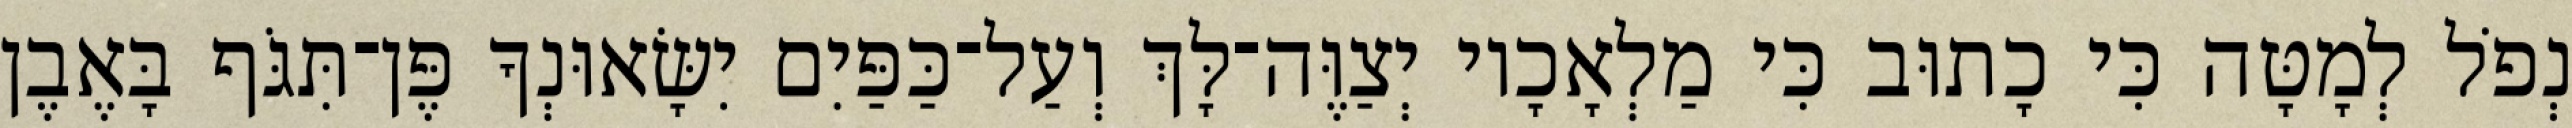
נְפֹל לְמָטָּה כִּי כָתוּב כִּי מַלְאָכָיו יְצַוֶּה־לָּךְ וְעַל־כַּפַּיִם יִשָּׂאוּנְךָ פֶּן־תִּגֹּף בָּאֶבֶן